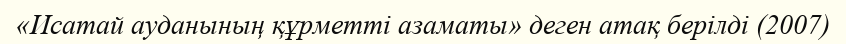
«Исатай ауданының құрметті азаматы» деген атақ берілді (2007)